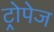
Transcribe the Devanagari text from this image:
ट्रोपेज